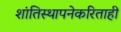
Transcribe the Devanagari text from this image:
शांतिस्थापनेकरिताही